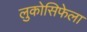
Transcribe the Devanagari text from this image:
लुकोसिफेला